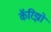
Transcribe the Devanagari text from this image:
कॅरिझो